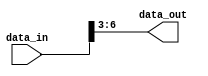
module part_select_example (
    input [7:0] data_in,
    output [3:0] data_out
);

assign data_out = data_in[6:3]; // Assigning bits 6 through 3 of data_in to data_out

endmodule